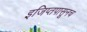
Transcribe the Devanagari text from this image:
इजिप्तपासूनच